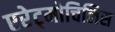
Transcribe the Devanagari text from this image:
एरेट्मोचिलिस